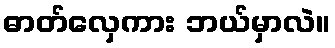
ဓာတ်လှေကား ဘယ်မှာလဲ။